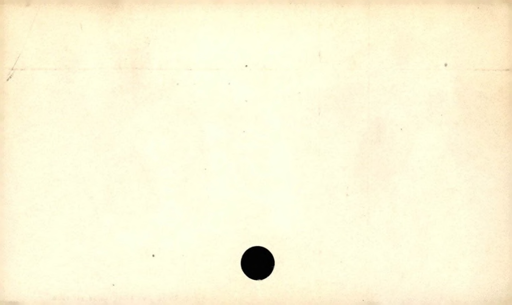
Label: blank